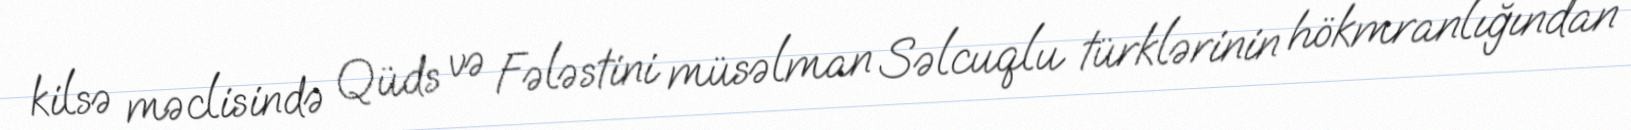
kilsə məclisində Qüds və Fələstini müsəlman Səlcuqlu türklərinin hökmranlığından